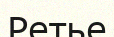
Ретье